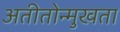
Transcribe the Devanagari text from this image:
अतीतोन्मुखता